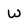
Character: W